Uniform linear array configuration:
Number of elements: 8
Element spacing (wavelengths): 0.25
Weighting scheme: binomial
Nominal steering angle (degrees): -60
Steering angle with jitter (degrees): -61.322
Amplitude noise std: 0.05
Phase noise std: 0.05

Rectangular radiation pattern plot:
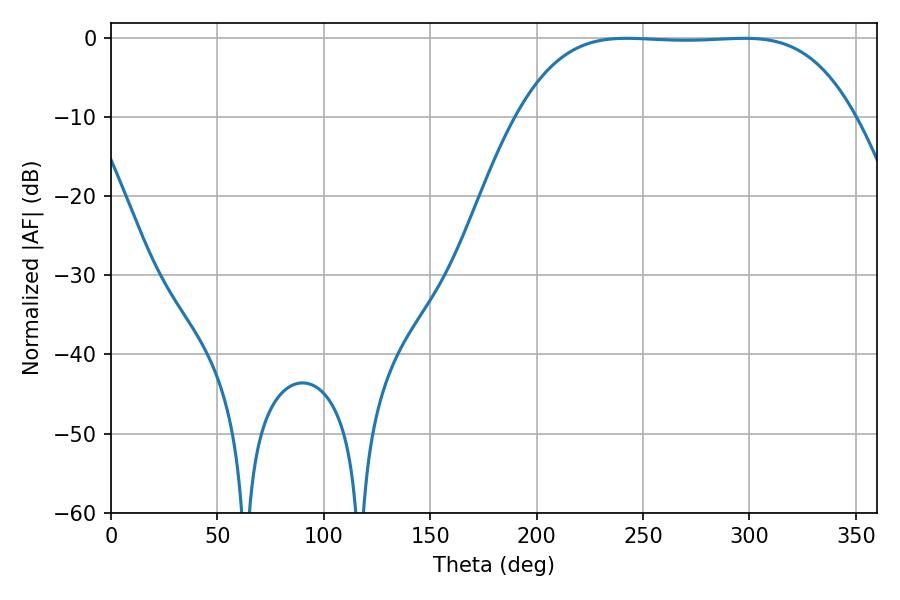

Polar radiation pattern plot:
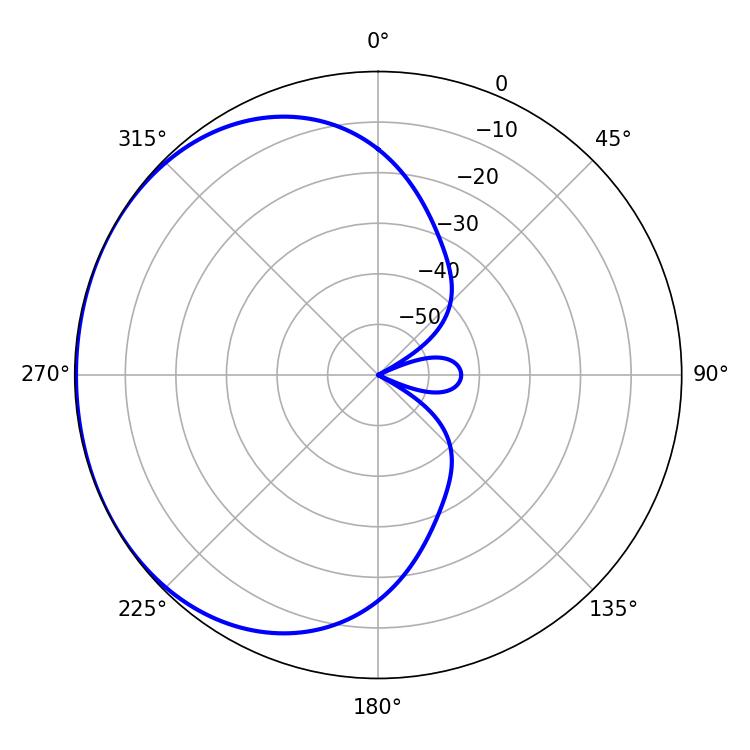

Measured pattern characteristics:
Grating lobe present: FALSE
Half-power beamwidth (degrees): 121.68
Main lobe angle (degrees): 242.28